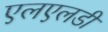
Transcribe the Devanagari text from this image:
एलएलडी